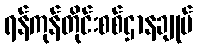
ရန်ကုန်တိုင်းစစ်ဌာနချုပ်